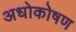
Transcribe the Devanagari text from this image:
अधोकोषण